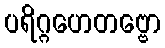
ပရိဂ္ဂဟေတဗ္ဗော